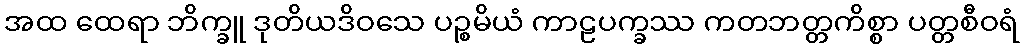
အထ ထေရာ ဘိက္ခူ ဒုတိယဒိဝသေ ပဉ္စမိယံ ကာဠပက္ခဿ ကတဘတ္တကိစ္စာ ပတ္တစီဝရံ